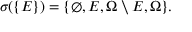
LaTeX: \sigma ( \{ E \} ) = \{ \emptyset , E , \Omega \setminus E , \Omega \} .